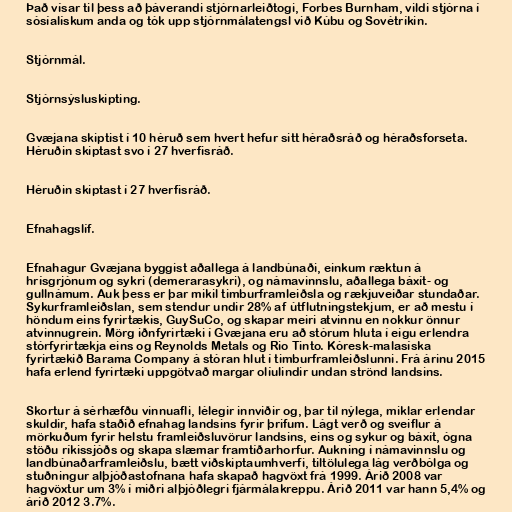
Það vísar til þess að þáverandi stjórnarleiðtogi, Forbes Burnham, vildi stjórna í
sósíalískum anda og tók upp stjórnmálatengsl við Kúbu og Sovétríkin.

Stjórnmál.

Stjórnsýsluskipting.

Gvæjana skiptist í 10 héruð sem hvert hefur sitt héraðsráð og héraðsforseta.
Héruðin skiptast svo í 27 hverfisráð.

Héruðin skiptast í 27 hverfisráð.

Efnahagslíf.

Efnahagur Gvæjana byggist aðallega á landbúnaði, einkum ræktun á
hrísgrjónum og sykri (demerarasykri), og námavinnslu, aðallega báxít- og
gullnámum. Auk þess er þar mikil timburframleiðsla og rækjuveiðar stundaðar.
Sykurframleiðslan, sem stendur undir 28% af útflutningstekjum, er að mestu í
höndum eins fyrirtækis, GuySuCo, og skapar meiri atvinnu en nokkur önnur
atvinnugrein. Mörg iðnfyrirtæki í Gvæjana eru að stórum hluta í eigu erlendra
stórfyrirtækja eins og Reynolds Metals og Rio Tinto. Kóresk-malasíska
fyrirtækið Barama Company á stóran hlut í timburframleiðslunni. Frá árinu 2015
hafa erlend fyrirtæki uppgötvað margar olíulindir undan strönd landsins.

Skortur á sérhæfðu vinnuafli, lélegir innviðir og, þar til nýlega, miklar erlendar
skuldir, hafa staðið efnahag landsins fyrir þrifum. Lágt verð og sveiflur á
mörkuðum fyrir helstu framleiðsluvörur landsins, eins og sykur og báxít, ógna
stöðu ríkissjóðs og skapa slæmar framtíðarhorfur. Aukning í námavinnslu og
landbúnaðarframleiðslu, bætt viðskiptaumhverfi, tiltölulega lág verðbólga og
stuðningur alþjóðastofnana hafa skapað hagvöxt frá 1999. Árið 2008 var
hagvöxtur um 3% í miðri alþjóðlegri fjármálakreppu. Árið 2011 var hann 5,4% og
árið 2012 3.7%.